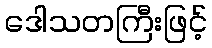
ဒေါသတကြီးဖြင့်